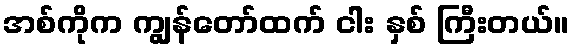
အစ်ကိုက ကျွန်တော်ထက် ငါး နှစ် ကြီးတယ်။